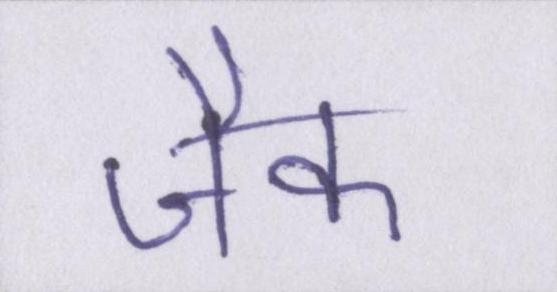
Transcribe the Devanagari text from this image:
जैक